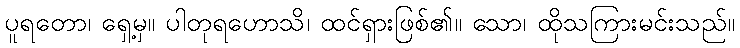
ပူရတော၊ ရှေ့မှ။ ပါတုရဟောသိ၊ ထင်ရှားဖြစ်၏။ သော၊ ထိုသကြားမင်းသည်။